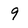
Character: 9